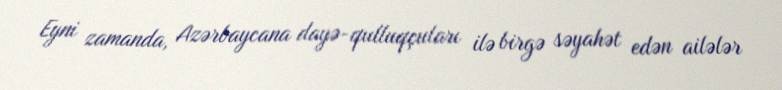
Eyni zamanda, Azərbaycana dayə-qulluqçuları ilə birgə səyahət edən ailələr